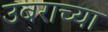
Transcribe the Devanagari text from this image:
उबराच्या